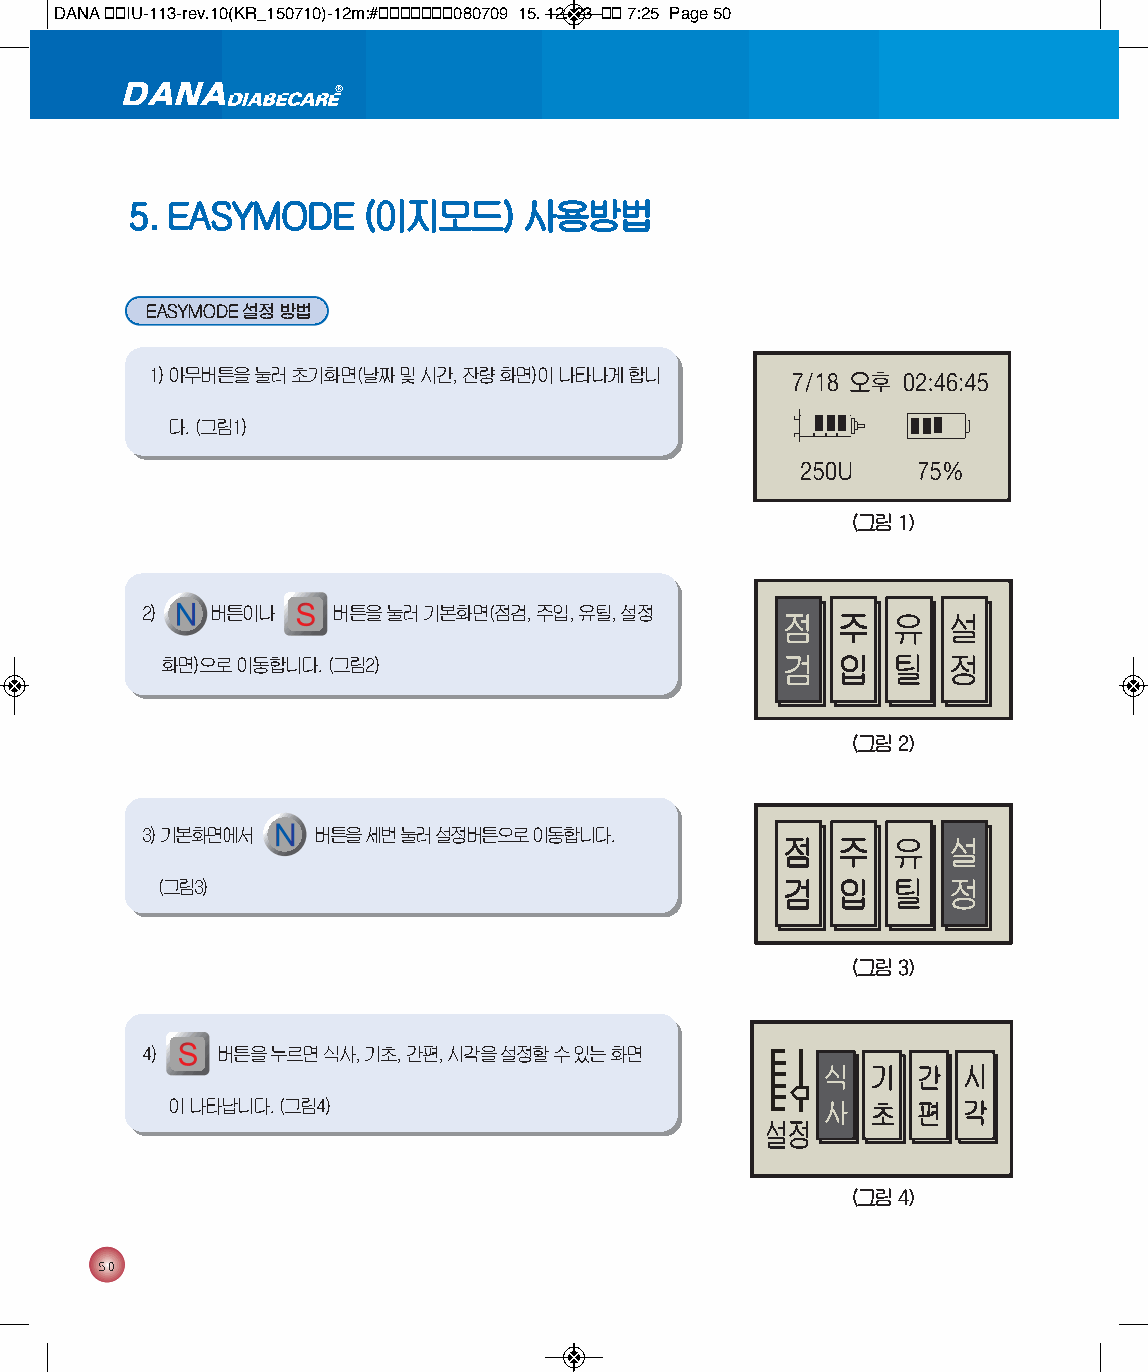
DANA 통통IU-113-rev.10(KR_150710)-12m:#통통통통통통통080709 15. 12. 23 통통 7:25 Page 50
 5. EASYMODE     (이지모드)     사용방법
 EASYMODE설정 방법
 1) 아무버튼을 눌러 초기화면(날짜 및 시간, 잔량 화면)이 나타나게 합니
 다. (그림1)
 (그림 1)
 2)   버튼이나    버튼을 눌러 기본화면(점검, 주입, 유틸, 설정
 화면)으로 이동합니다. (그림2)
 (그림 2)
 3) 기본화면에서   버튼을 세번 눌러 설정버튼으로 이동합니다.
 (그림3)
 (그림 3)
 4)   버튼을 누르면 식사, 기초, 간편, 시각을 설정할 수 있는 화면
 이 나타납니다. (그림4)
 (그림 4)
 50